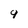
Character: 9